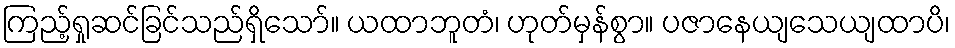
ကြည့်ရှုဆင်ခြင်သည်ရှိသော်။ ယထာဘူတံ၊ ဟုတ်မှန်စွာ။ ပဇာနေယျသေယျထာပိ၊